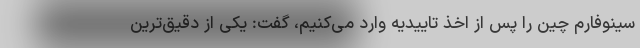
سینوفارم چین را پس از اخذ تاییدیه وارد می‌کنیم، گفت: یکی از دقیق‌ترین